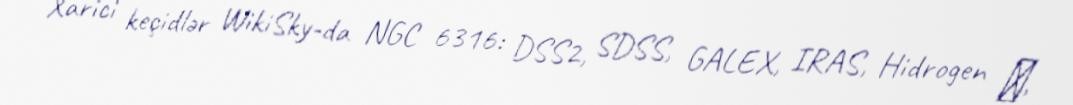
Xarici keçidlər WikiSky-da NGC 6316: DSS2, SDSS, GALEX, IRAS, Hidrogen α,